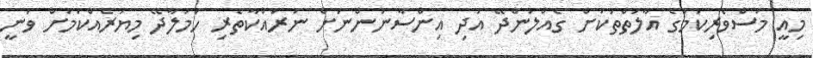
މިއީ މަސްވެރިކަމުގެ އާލަތްތަކަށް ގެއްލުންދޭ އަދި އިންސާނުންނަށް ނުރައްކާތެރި ހަމަލާދޭ މިޔަރެއްކަމަށް ވަނީ